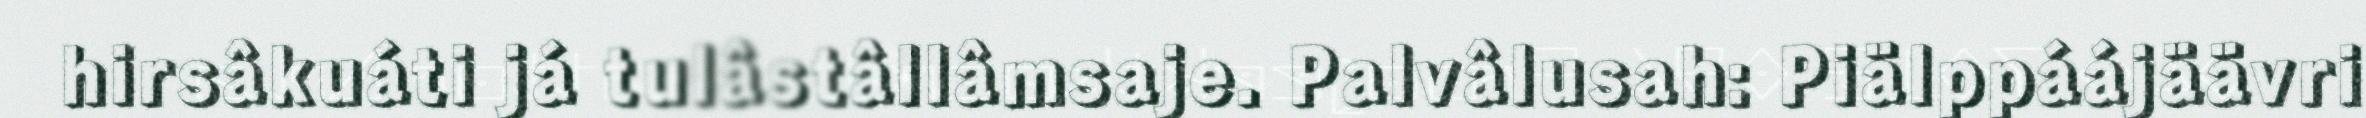
hirsâkuáti já tulâstâllâmsaje. Palvâlusah: Piälppáájäävri